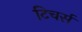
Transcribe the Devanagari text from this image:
टिचर्स